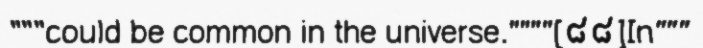
"""could be common in the universe.""""[៨៨]In"""